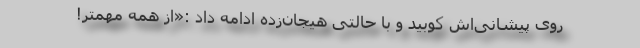
روی پیشانی‌اش کوبید و با حالتی هیجان‌زده ادامه داد :«از همه مهمتر!